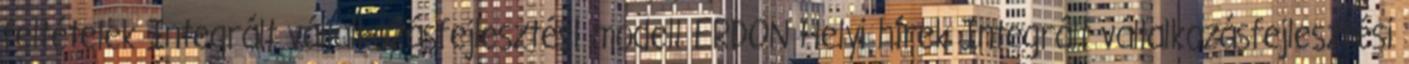
feltételek Integrált vállalkozásfejlesztési modell ERDON Helyi hírek Integrált vállalkozásfejlesztési